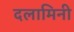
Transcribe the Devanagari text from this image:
दलामिनी